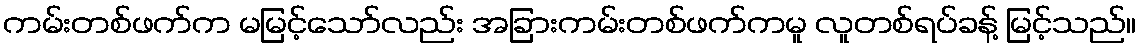
ကမ်းတစ်ဖက်က မမြင့်သော်လည်း အခြားကမ်းတစ်ဖက်ကမူ လူတစ်ရပ်ခန့် မြင့်သည်။